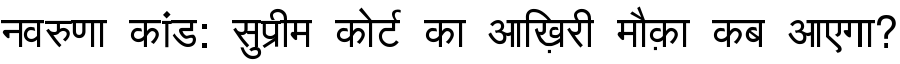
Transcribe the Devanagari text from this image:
नवरुणा कांड: सुप्रीम कोर्ट का आख़िरी मौक़ा कब आएगा?